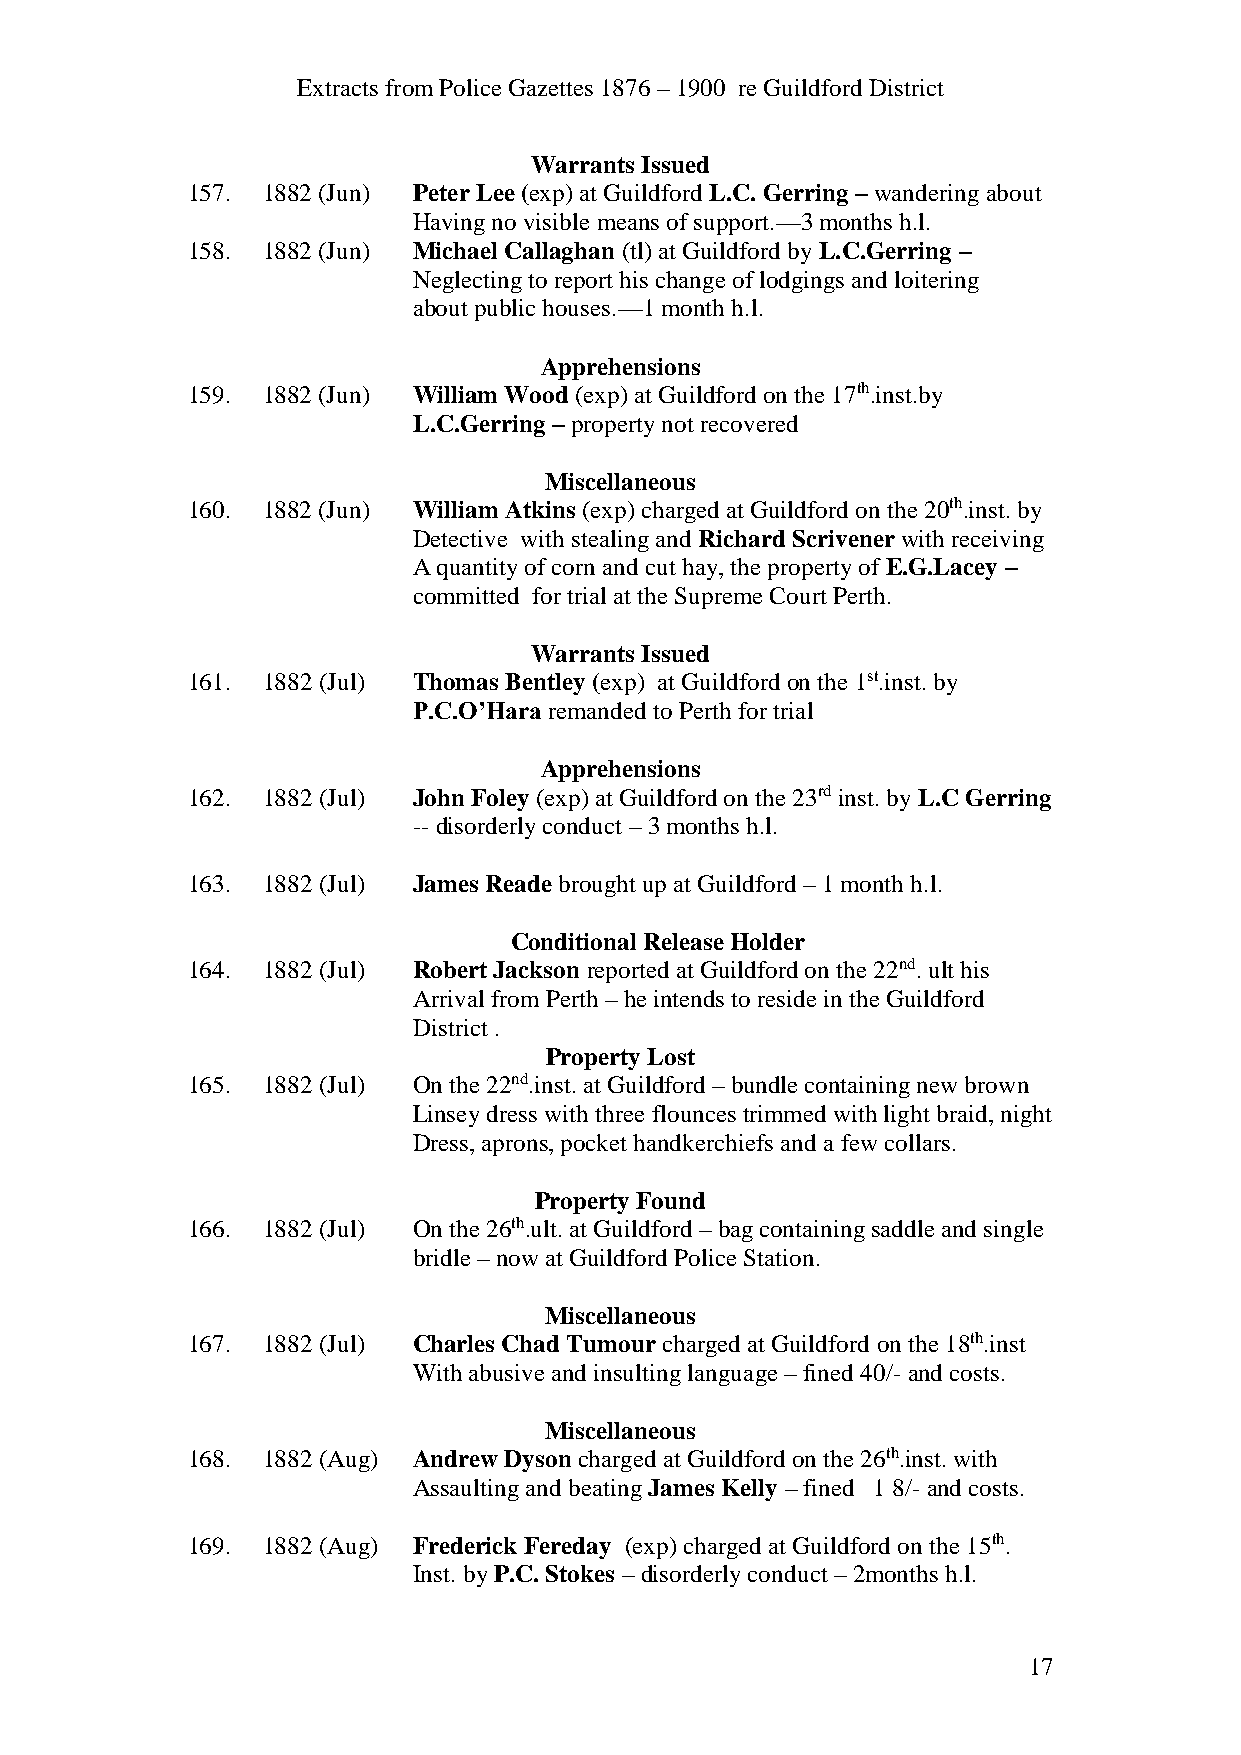
Extracts from Police Gazettes 1876 – 1900 re Guildford District
 Warrants Issued
 157. 1882 (Jun) Peter Lee (exp) at Guildford L.C. Gerring – wandering about
 Having no visible means of support.—3 months h.l.
 158. 1882 (Jun) Michael Callaghan (tl) at Guildford by L.C.Gerring –
 Neglecting to report his change of lodgings and loitering
 about public houses.—1 month h.l.
 Apprehensions
 159. 1882 (Jun) William Wood (exp) at Guildford on the 17th.inst.by
 L.C.Gerring – property not recovered
 Miscellaneous
 160. 1882 (Jun) William Atkins (exp) charged at Guildford on the 20th.inst. by
 Detective with stealing and Richard Scrivener with receiving
 A quantity of corn and cut hay, the property of E.G.Lacey –
 committed for trial at the Supreme Court Perth.
 Warrants Issued
 161. 1882 (Jul) Thomas Bentley (exp) at Guildford on the 1st.inst. by
 P.C.O’Hara remanded to Perth for trial
 Apprehensions
 162. 1882 (Jul) John Foley (exp) at Guildford on the 23rd inst. by L.C Gerring
 -- disorderly conduct – 3 months h.l.
 163. 1882 (Jul) James Reade brought up at Guildford – 1 month h.l.
 Conditional Release Holder
 164. 1882 (Jul) Robert Jackson reported at Guildford on the 22nd. ult his
 Arrival from Perth – he intends to reside in the Guildford
 District .
 Property Lost
 165. 1882 (Jul) On the 22nd.inst. at Guildford – bundle containing new brown
 Linsey dress with three flounces trimmed with light braid, night
 Dress, aprons, pocket handkerchiefs and a few collars.
 Property Found
 166. 1882 (Jul) On the 26th.ult. at Guildford – bag containing saddle and single
 bridle – now at Guildford Police Station.
 Miscellaneous
 167. 1882 (Jul) Charles Chad Tumour charged at Guildford on the 18th.inst
 With abusive and insulting language – fined 40/- and costs.
 Miscellaneous
 168. 1882 (Aug) Andrew Dyson charged at Guildford on the 26th.inst. with
 Assaulting and beating James Kelly – fined 1 8/- and costs.
 169. 1882 (Aug) Frederick Fereday (exp) charged at Guildford on the 15th.
 Inst. by P.C. Stokes – disorderly conduct – 2months h.l.
 17